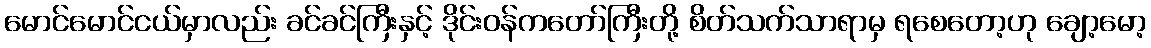
မောင်မောင်ငယ်မှာလည်း ခင်ခင်ကြီးနှင့် ဒိုင်းဝန်ကတော်ကြီးတို့ စိတ်သက်သာရာမှ ရစေတော့ဟု ချော့မော့